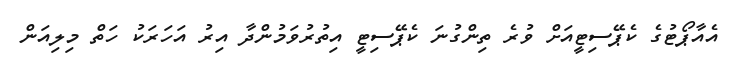
އެއާޕޯޓުގެ ކެޕޭސިޓީއަށް ވުރެ ތިންގުނަ ކެޕޭސިޓީ އިތުރުވަމުންދާ އިރު އަހަރަކު ހަތް މިލިއަން